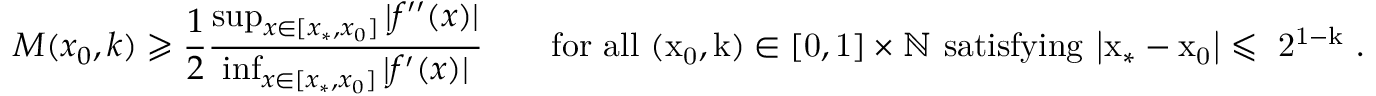
M ( x _ { 0 } , k ) \geqslant \frac { 1 } { 2 } \frac { \operatorname* { s u p } _ { x \in [ x _ { * } , x _ { 0 } ] } | f ^ { \prime \prime } ( x ) | } { \operatorname* { i n f } _ { x \in [ x _ { * } , x _ { 0 } ] } | f ^ { \prime } ( x ) | } \qquad \mathrm { f o r ~ a l l ~ ( x _ 0 , k ) \in [ 0 , 1 ] \times \mathbb { N } ~ s a t i s f y i n g ~ | x _ * - x _ 0 | \leqslant ~ 2 ^ { 1 - k } ~ . }